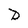
Character: D